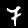
Digit: 7